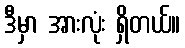
ဒီမှာ အားလုံး ရှိတယ်။